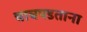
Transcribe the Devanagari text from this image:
चाचपडताना